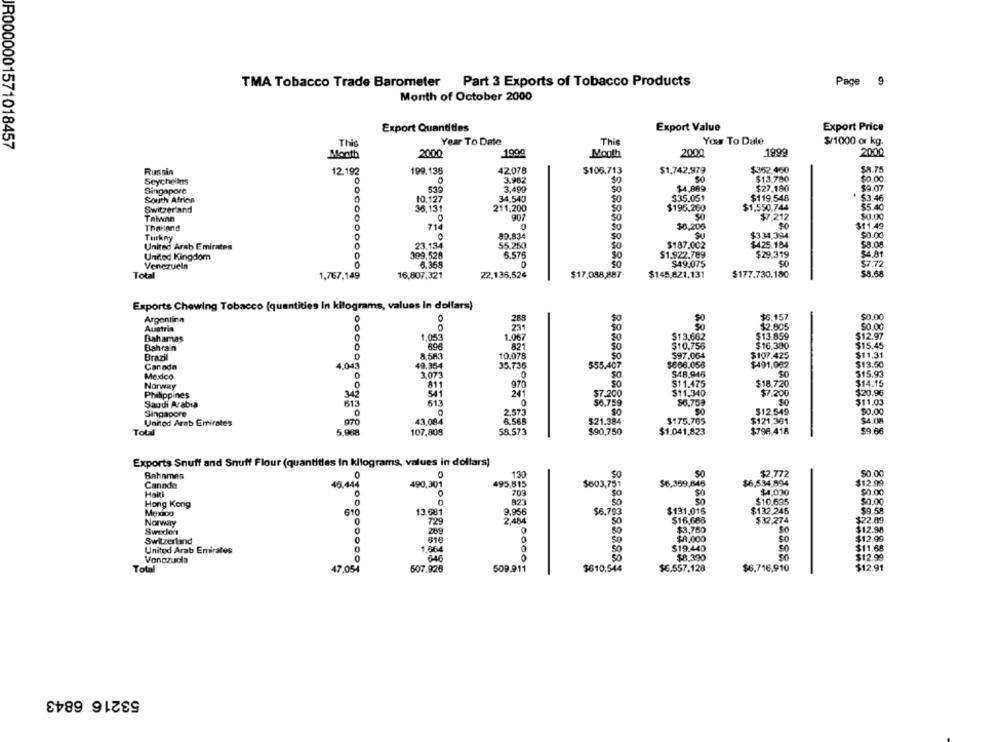
TMA Tobacco Trade Barometer Part 3 Exports of Tobacco Products
Page 9
Month of October 2000
Export Value
Export Price
Export Quantities
Year To Date
Thie
Your To Dale
$/1000 or kg.
IR0000001571018457
This
Month
2000
1000
Mooth
20.00
1999
2000
Russin
12.192
199.135
42078
$105.713
$1,742,979
$352.460
$8.75
3.962
$0
$13.780
$0.00
Seychelles
0
Singapore
539
3,499
$4,889
$27,180
$9.07
South Africa
10.127
34,540
$35.051
$119.548
$3.46
Switzerland
36,131
211,200
SO
$195.260
$1,550,744
$5.40
90
$0.00
50
$7.212
Thailand
714
50
$0,206
$0
$11.49
Turkny
89.834
SO
$334,394
$0.00
23.134
55.250
$187.002
$425.184
$8.05
United Arab Emirates
34.81
United Kingdom
399,528
5.576
$1,922.789
$29,319
Venezuela
6.359
0
50
$49.075
$7.72
Total
16,807,321
22.135,524
$17.088.887
$145,821,131
$177.730,180
$8.68
1.767.149
Exports Chewing Tobacco (quantities In kilograms, values in dollars)
Argentina
288
$6.157
$0.00
O
23
$2.805
$0.00
Austria
$13.659
Bahamas
1,053
1.067
80
$13.662
$12.97
Bahrain
69€
821
$10,756
$16.330
$15.45
Brazil
0
8,583
10.078
$97.064
$107.425
$11.31
35.736
$006.058
$491,962
$13.50
Canada
4.043
49.354
$55.407
$48.946
315.93
Mexico
0
3.073
Norway
0
811
970
$11.475
$16.720
$14.15
342
541
241
$7.200
$11.340
$7.200
$20.96
Philippines
0
$6,759
30
Saudi Arabia
613
613
$11.03
Singapore
O
2,573
90
$12.549
$0.00
United Arab Emirates
970
43,084
8.56
$175.765
$121,361
$4.08
107,808
$798.418
$9.66
Total
5,968
58.573
$1.041,823
Exports Snuff and Snuff Flour (quantities in kilograms, values in dollars)
Bahames
130
SO
$2.772
$0.00
46.444
495,515
$6.359.846
$6,534,894
$12.90
Canada
490,301
$603,751
703
$0
$4,030
$0.00
Hong Kong
0
0
So
$10.635
$0.00
Mexico
610
13.681
9.956
$6,793
$131.016
$132.245
$9.58
729
2.464
$16,686
$32,274
$22.89
Norway
Sweden
$3,760
$12.98
Switzerland
0
616
$8.000
$0
$12.99
United Arab Emirates
0
1.064
0
50
$19.440
$11.68
$8,390
$12.99
Vonazucia
646
Total
47.054
607,926
509.911
$610.544
$6.557,128
$6,716,910
$12.91
53216 6843